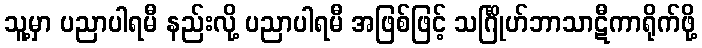
သူ့မှာ ပညာပါရမီ နည်းလို့ ပညာပါရမီ အဖြစ်ဖြင့် သင်္ဂြိုဟ်ဘာသာဋီကာရိုက်ဖို့